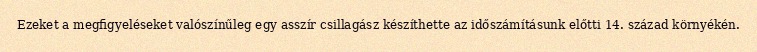
Ezeket a megfigyeléseket valószínűleg egy asszír csillagász készíthette az időszámításunk előtti 14. század környékén.